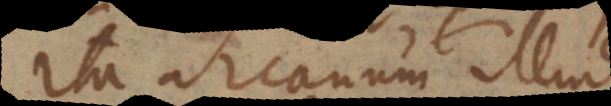
Ita arcanum illud